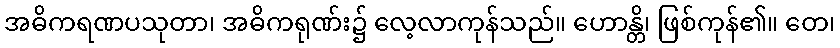
အဓိကရဏပသုတာ၊ အဓိကရုဏ်း၌ လေ့လာကုန်သည်။ ဟောန္တိ၊ ဖြစ်ကုန်၏။ တေ၊